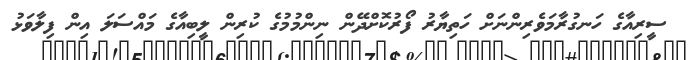
ސީރިއާގެ ހަނގުރާމަވެރިންނަށް ހަތިޔާރު ފޯރުކޮށްދޭން ނިންމުމުގެ ކުރިން ލީބިއާގެ މައްސަލަ އިން ފިލާވަޅު